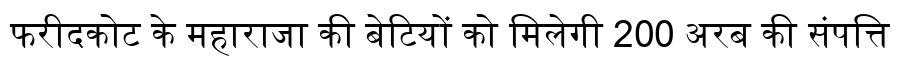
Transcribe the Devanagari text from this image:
फरीदकोट के महाराजा की बेटियों को मिलेगी 200 अरब की संपत्ति